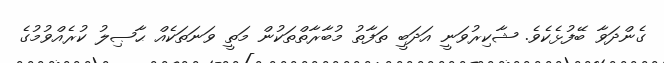
ގެންދަވާ ބޭފުޅެކެވެ. ޝާކިރުވަނީ އަދަބީ ތަފާތު މުބާރާތްތަކުން މަތީ ވަނަތަކެއް ޙާޞިލު ކުރެއްވުމުގެ